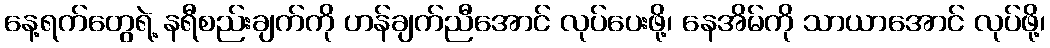
နေ့ရက်တွေရဲ့ နရီစည်းချက်ကို ဟန်ချက်ညီအောင် လုပ်ပေးဖို့၊ နေအိမ်ကို သာယာအောင် လုပ်ဖို့၊